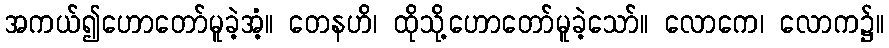
အကယ်၍ဟောတော်မူခဲ့အံ့။ တေနဟိ၊ ထိုသို့ဟောတော်မူခဲ့သော်။ လောကေ၊ လောက၌။